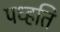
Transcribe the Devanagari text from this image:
पध्हति